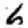
Digit: 6